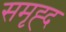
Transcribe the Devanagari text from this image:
समृह्द